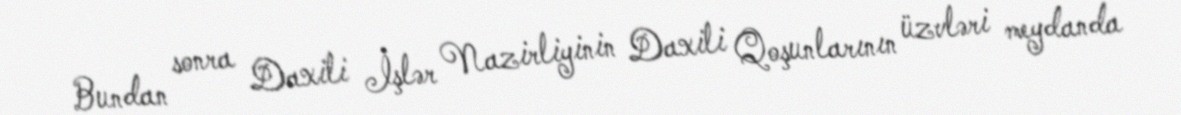
Bundan sonra Daxili İşlər Nazirliyinin Daxili Qoşunlarının üzvləri meydanda